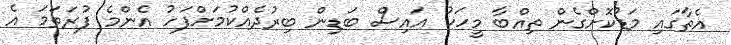
އެތާގައި މަޑުކޮށްގެން ތިއްބާ މީހަކު އައިސް ބަޑިން ބިރުދެއްކުމަށްފަހު އެންމެ ފުރަތަމަ އެ